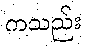
ကသည်း